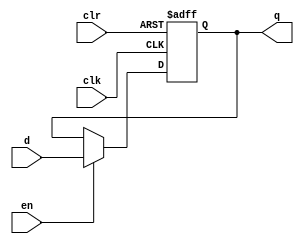
module dflipflop(q, d, clk, en, clr);
   
   //Inputs
   input d, clk, en, clr;
   
   //Internal wire
   wire clr;

   //Output
   output q;
   
   //Register
   reg q;

   //Intialize q to 0
   initial
   begin
       q = 1'b0;
   end

   //Set value of q on positive edge of the clock or clear
   always @(posedge clk or posedge clr) begin
       //If clear is high, set q to 0
       if (clr) begin
           q <= 1'b0;
       //If enable is high, set q to the value of d
       end else if (en) begin
           q <= d;
       end
   end
endmodule